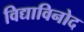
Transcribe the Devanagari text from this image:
विद्याविनोद